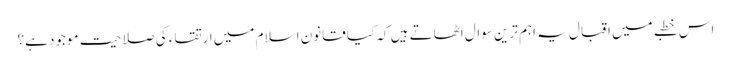
اس خطبے میں اقبال یہ اہم ترین سوال اٹھاتے ہیں کہ کیا قانون اسلام میں ارتقاء کی صلاحیت موجود ہے؟